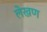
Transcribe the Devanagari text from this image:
लेखण